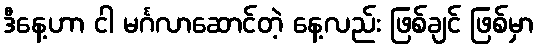
ဒီနေ့ဟာ ငါ မင်္ဂလာဆောင်တဲ့ နေ့လည်း ဖြစ်ချင် ဖြစ်မှာ